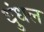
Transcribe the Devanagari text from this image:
धुंधल